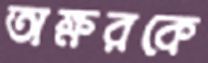
অক্ষরকে